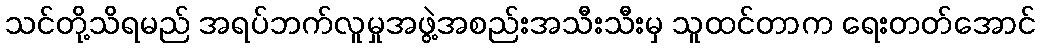
သင်တို့သိရမည် အရပ်ဘက်လူမှုအဖွဲ့အစည်းအသီးသီးမှ သူထင်တာက ရေးတတ်အောင်